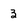
Character: 3